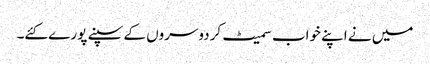
میں نے اپنے خواب سمیٹ کردوسروں کے سپنے پورے کئے۔